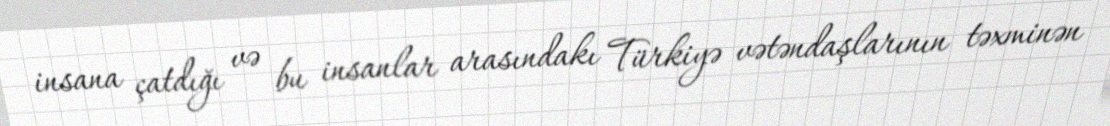
insana çatdığı və bu insanlar arasındakı Türkiyə vətəndaşlarının təxminən